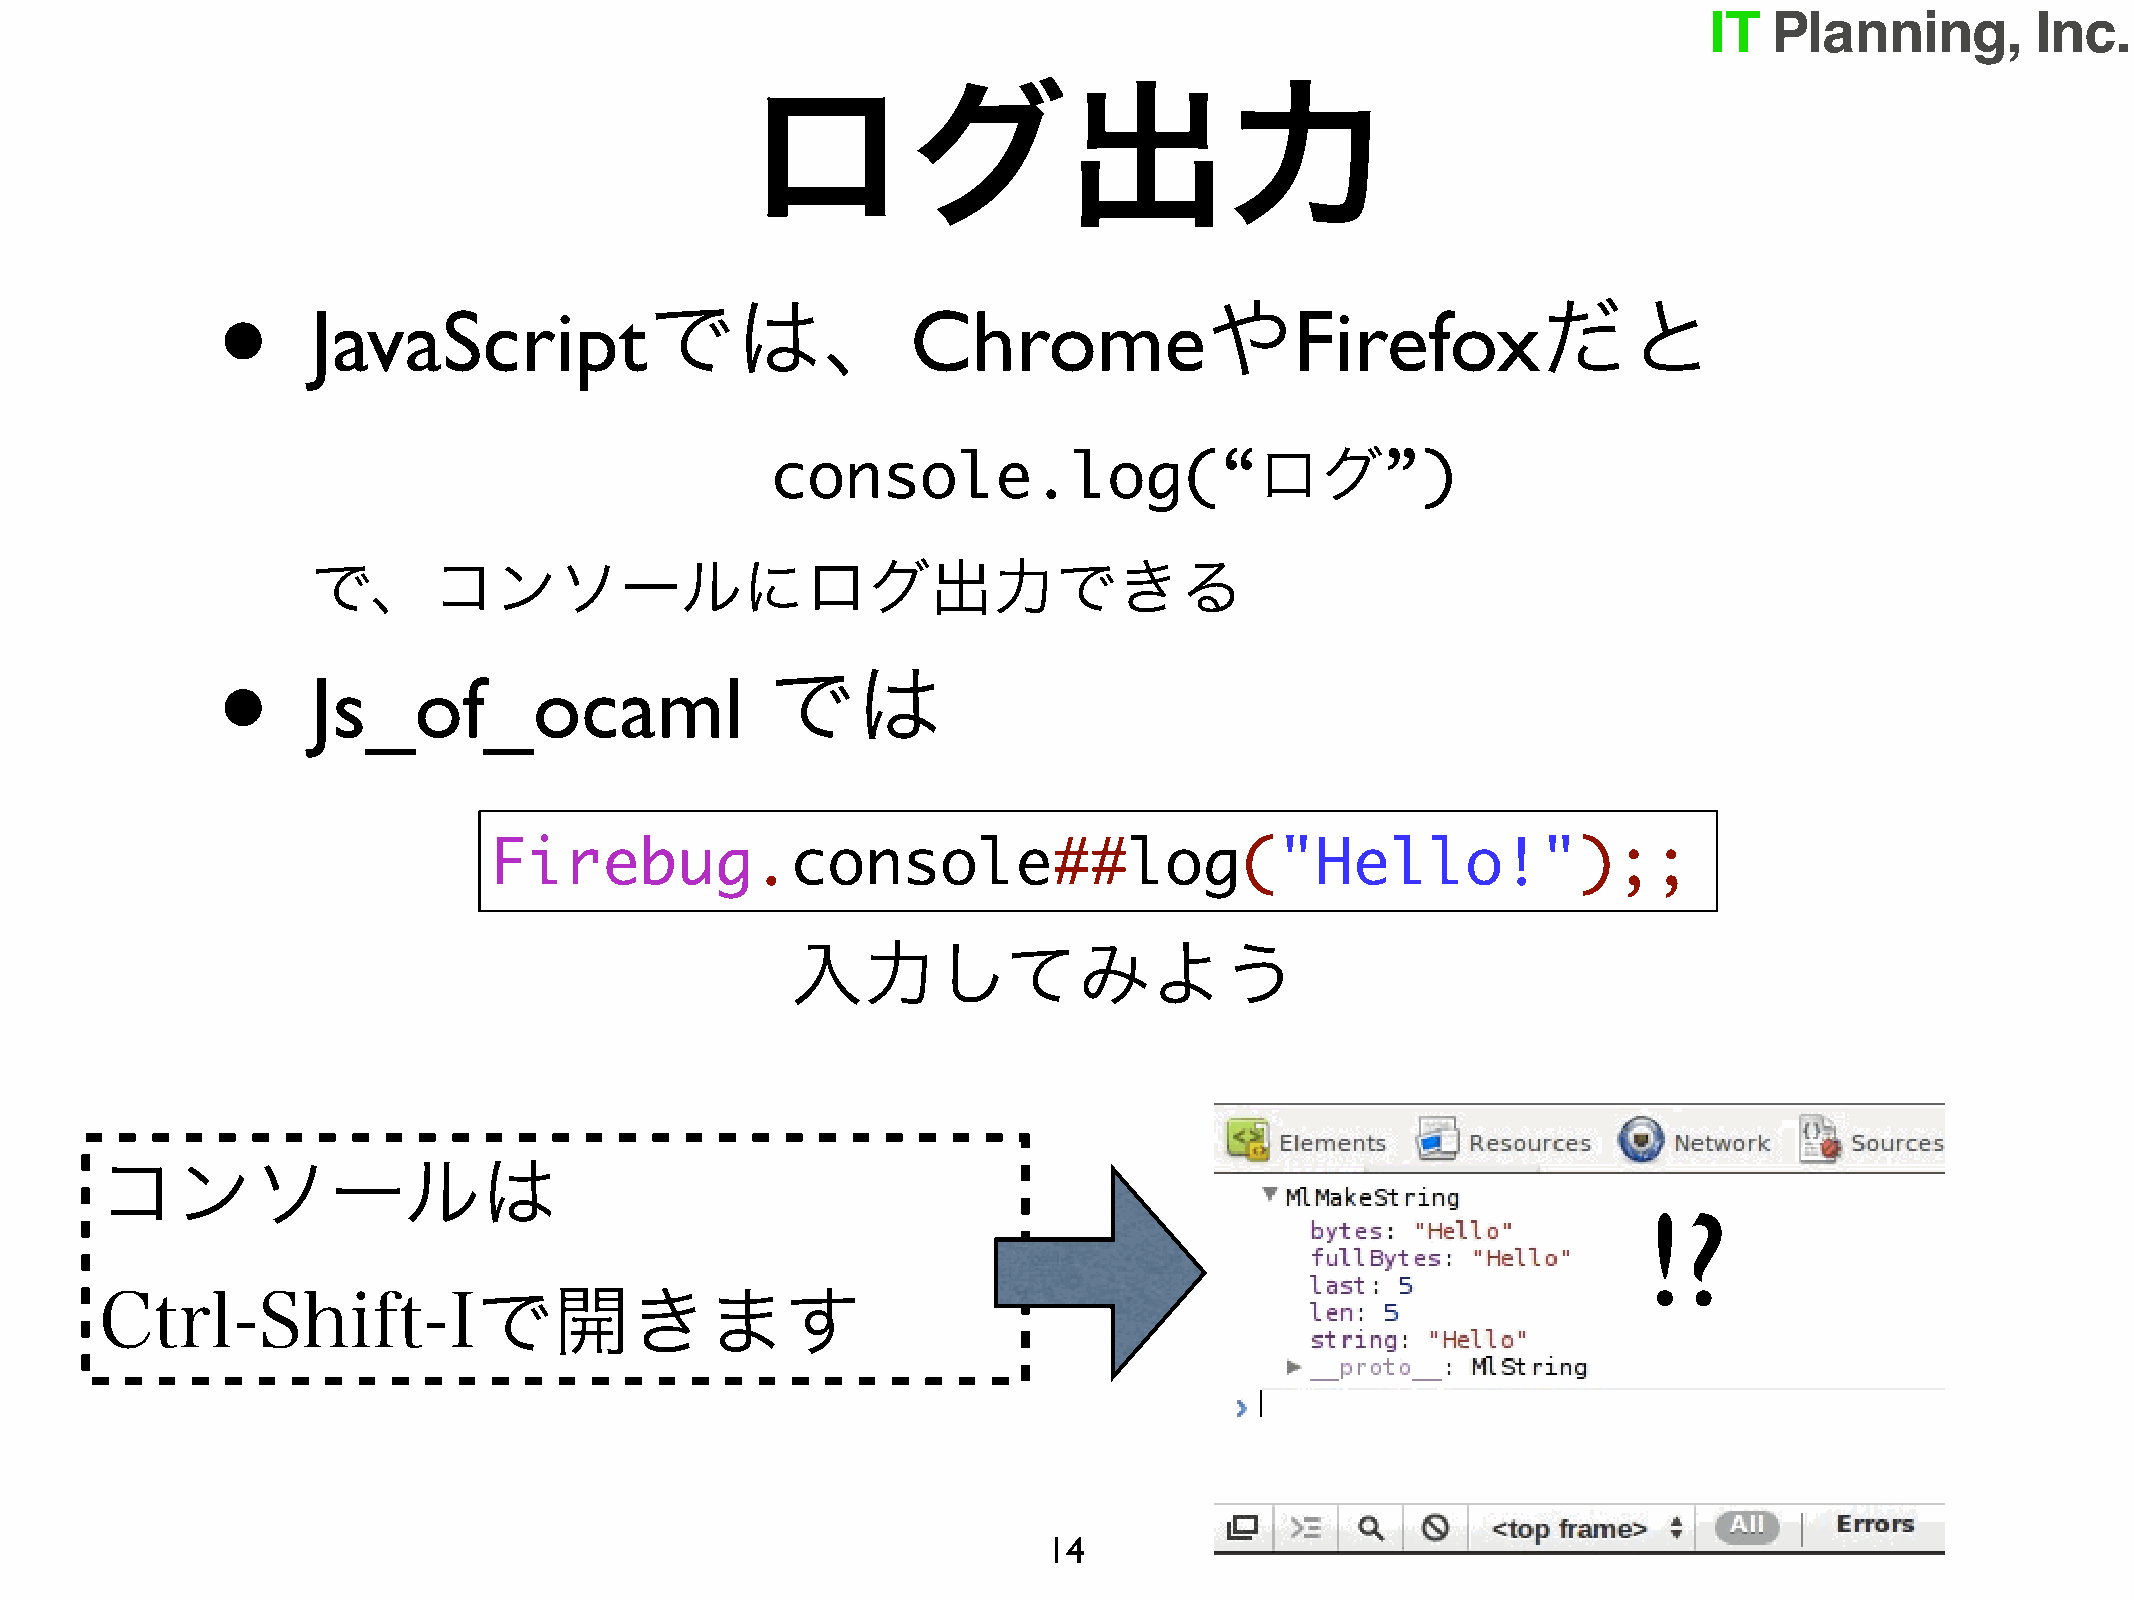
ログ出力
 •
 では、                                  や                     だと
 JavaScript                             Chrome                    Firefox
 ログ
 console.log(“                            ”)
 で、コンソールにログ出力できる
 •
 では
 Js_of_ocaml
 Firebug.console##log("Hello!");;
 入力してみよう
 コンソールは
 !?
 Ctrl-Shift-Iで開きます
 14